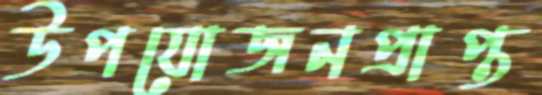
উপযোজনপ্রাপ্ত